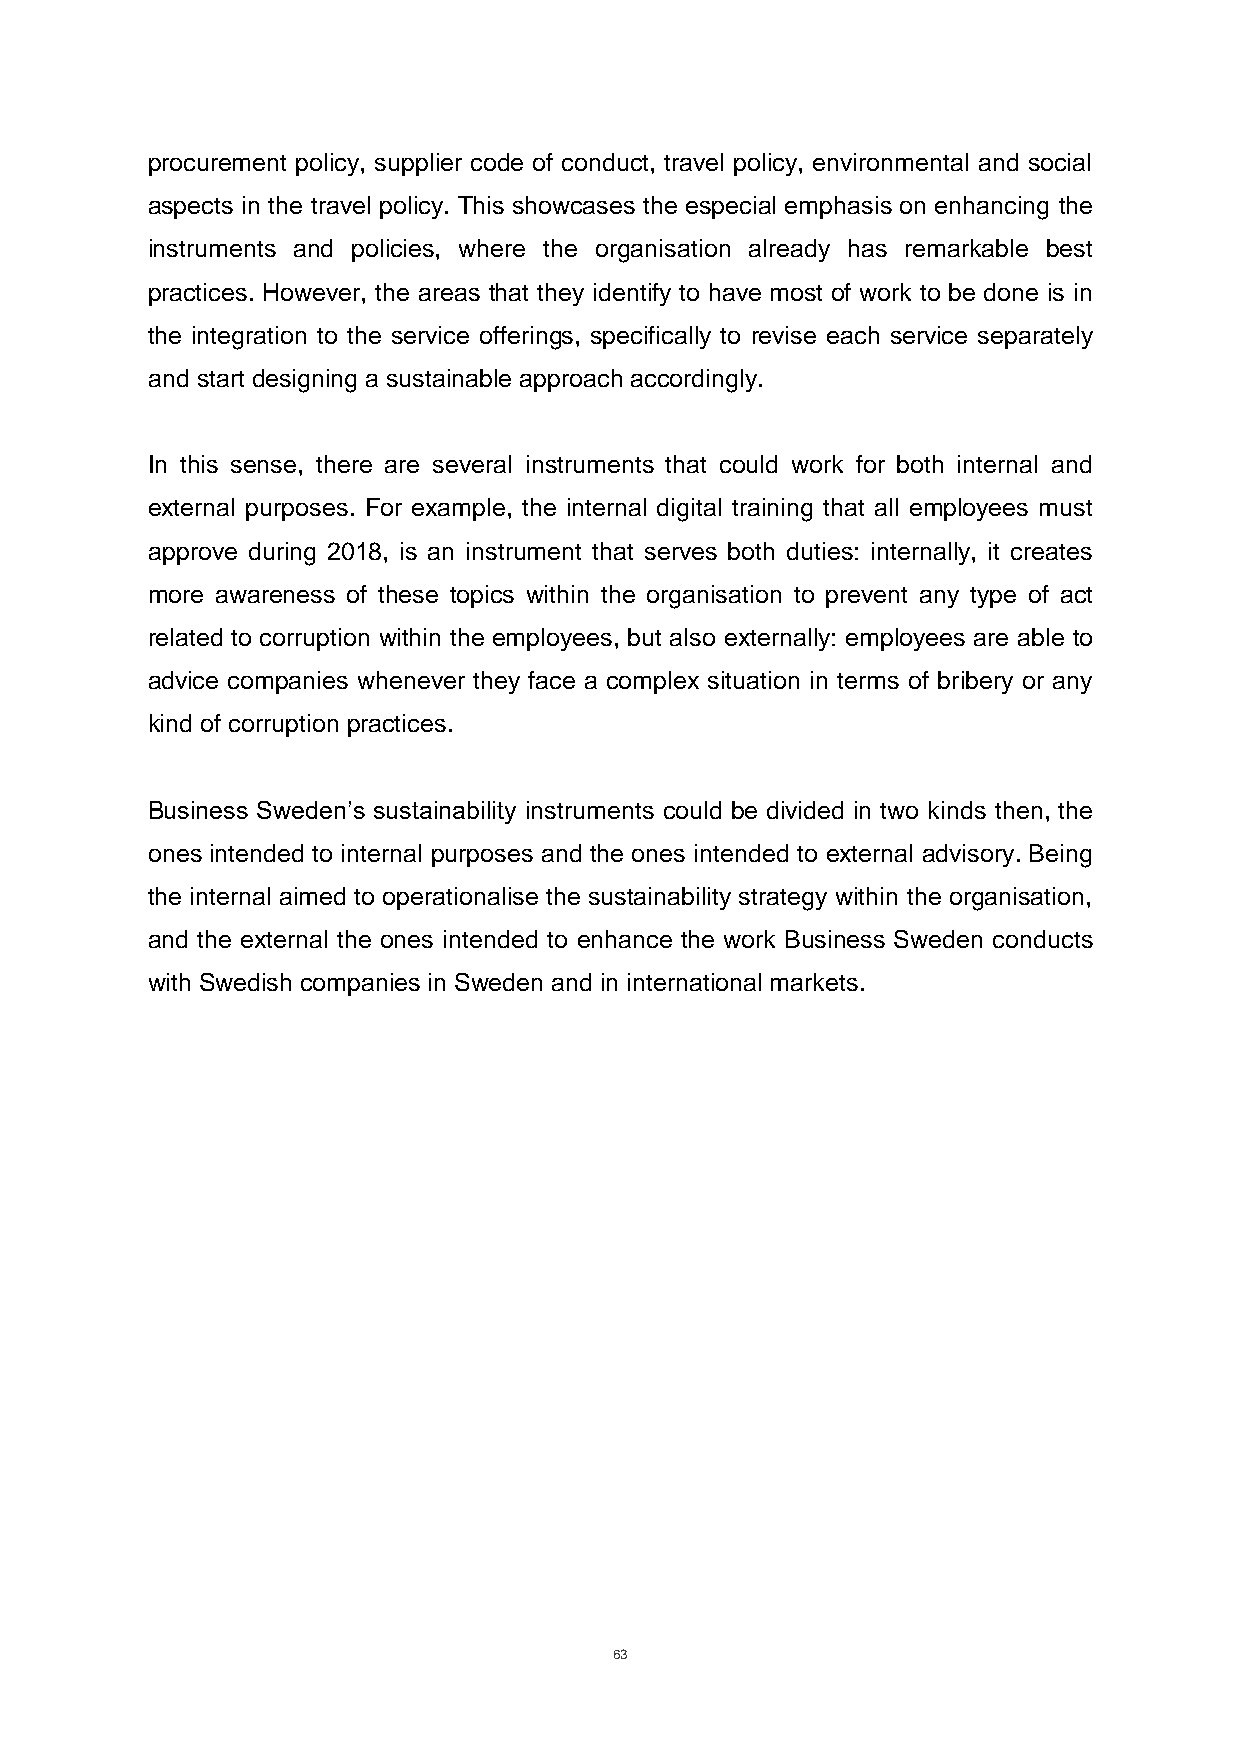
procurement policy, supplier code of conduct, travel policy, environmental and social
 aspects in the travel policy. This showcases the especial emphasis on enhancing the
 instruments and policies, where the organisation already has remarkable best
 practices. However, the areas that they identify to have most of work to be done is in
 the integration to the service offerings, specifically to revise each service separately
 and start designing a sustainable approach accordingly.
 In this sense, there are several instruments that could work for both internal and
 external purposes. For example, the internal digital training that all employees must
 approve during 2018, is an instrument that serves both duties: internally, it creates
 more awareness of these topics within the organisation to prevent any type of act
 related to corruption within the employees, but also externally: employees are able to
 advice companies whenever they face a complex situation in terms of bribery or any
 kind of corruption practices.
 Business Sweden’s sustainability instruments could be divided in two kinds then, the
 ones intended to internal purposes and the ones intended to external advisory. Being
 the internal aimed to operationalise the sustainability strategy within the organisation,
 and the external the ones intended to enhance the work Business Sweden conducts
 with Swedish companies in Sweden and in international markets.
 63